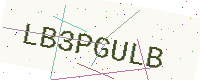
Text: LB3PGULB